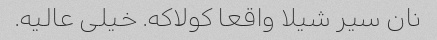
نان سیر شیلا واقعا کولاکه. خیلی عالیه.